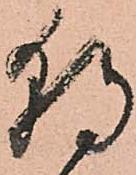
朝